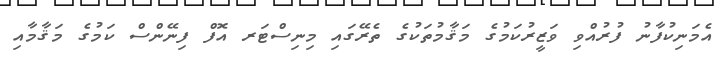
އެމަނިކުފާނު ފުރުއްވި ވަޒީރުކަމުގެ މަޤާމުތަކުގެ ތެރޭގައި މިނިސްޓަރ އޮފް ފިނޭންސް ކަމުގެ މަޤާމާއި